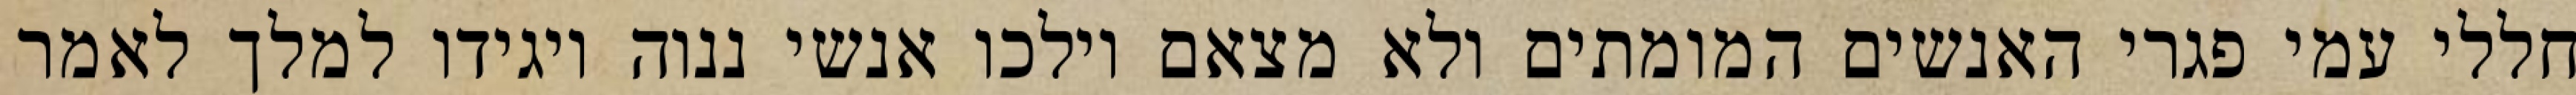
חללי עמי פגרי האנשים המומתים ולא מצאם וילכו אנשי ננוה ויגידו למלך לאמר